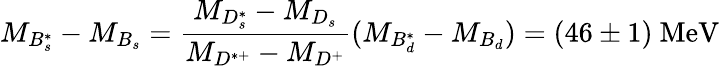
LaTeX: M_{B_{s}^{*}}-M_{B_{s}}=\frac{M_{D_{s}^{*}}-M_{D_{s}}}{M_{D^{*+}}-M_{D^{+}}}(M_{B_{d}^{*}}-M_{B_{d}})=(46\pm 1)\ \mathrm{MeV}